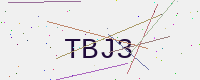
Text: TBJ3